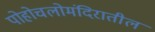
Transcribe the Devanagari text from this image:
पोहोचलोमंदिरातील